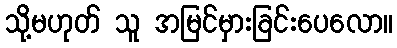
သို့မဟုတ် သူ အမြင်မှားခြင်းပေလော။